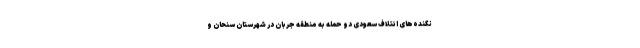
نگنده‌های ائتلاف سعودی دو حمله به منطقه جربان در شهرستان سنحان و